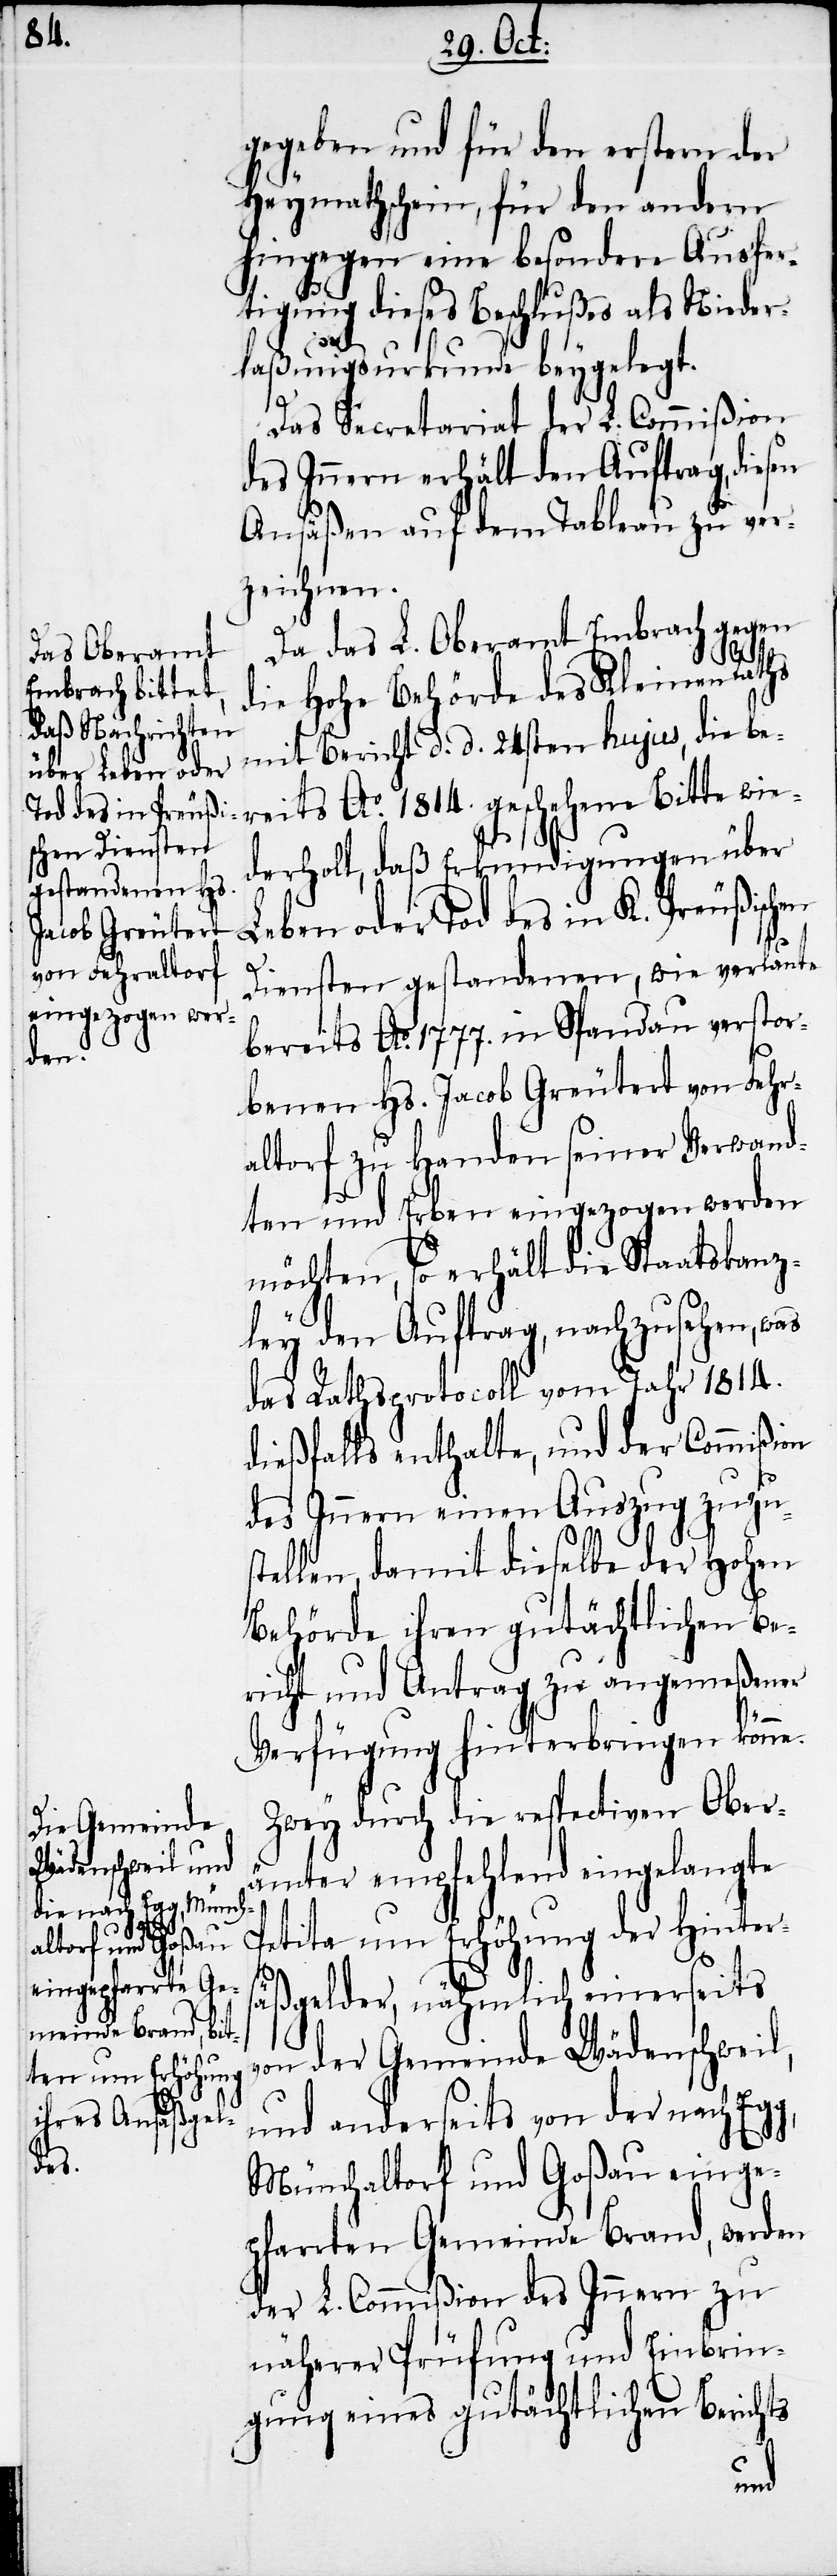
gegeben und für den ersten der
Heymathschein, für den andern
hingegen eine besondere Ausfer¬
tigung dieses Beschlußes als Nieder¬
laßungsurkunde beygelegt.
Das Secretariat der L. Commißion
des Innern erhält den Auftrag, diesen
Ansäßen auf dem Tableau zu ver¬
zeichnen.
Da das L. Oberamt Embrach gegen
die Hohe Behörde des Kleinen Raths
mit Bericht d. d. 24sten hujus, die be¬
derholt, daß Erkundigungen über
Leben oder Tod des in K. Preußischen
Diensten gestandenen, wie verlaute
bereits Ao. 1777. in Spandau verstor¬
benen Hs. Jacob Greutert von Fehr¬
altorf zu Handen seiner Verwand¬
ten und Erben eingezogen werden
möchten, so erhält die Staatskanz¬
ley den Auftrag, nachzusehen, was
das Rathsprotocoll vom Jahr 1814.
dießfalls enthalte, und der Commißion
des Innern einen Auszug zuzus¬
tellen, damit dieselbe der Hohen
Behörde ihren gutächtlichen Be¬
richt und Antrag zu angemeßener
Verfügung hinterbringen könne.
Zwey durch die respectiven Ober¬
ämter empfehlend eingelangte
Petita um Erhöhung der Hinters¬
äßgelder, nähmlich einerseits
von der Gemeinde Wädenschweil,
und anderseits von der nach Eg¬
g,
Münchaltorf und Goßau einge¬
pfarrten Gemeinde Brand, werden
der L. Commißion des Innern zu
näherer Prüfung und Einbrin¬
gung eines gutächtlichen Berichts